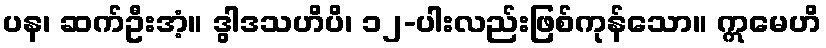
ပန၊ ဆက်ဦးအံ့။ ဒွါဒသဟိပိ၊ ၁၂-ပါးလည်းဖြစ်ကုန်သော။ ဣမေဟိ